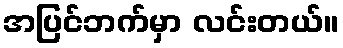
အပြင်ဘက်မှာ လင်းတယ်။